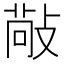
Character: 𢾠